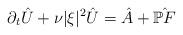
LaTeX: \begin{align*}\partial_t\hat{U}+\nu |\xi|^2\hat{U}=\hat{A}+\hat{\mathbb{P}F}\end{align*}